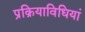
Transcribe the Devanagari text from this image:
प्रक्रियाविधियां